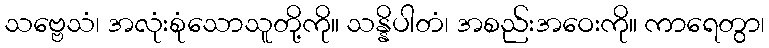
သဗ္ဗေသံ၊ အလုံးစုံသောသူတို့ကို။ သန္နိပါတံ၊ အစည်းအဝေးကို။ ကာရေတွာ၊